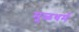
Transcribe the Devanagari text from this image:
मूळधर्म